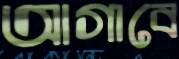
আগাবে